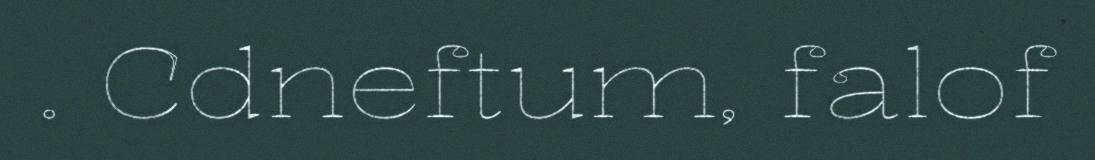
. Cdneftum, falof